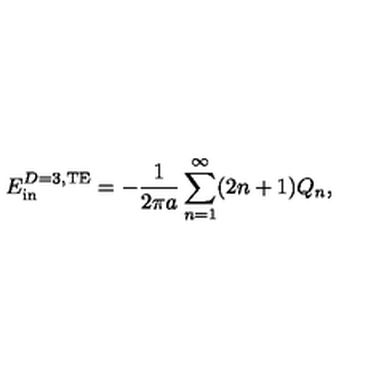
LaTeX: E _ { \mathrm { i n } } ^ { D = 3 , \mathrm { T E } } = - { \frac { 1 } { 2 \pi a } } \sum _ { n = 1 } ^ { \infty } ( 2 n + 1 ) Q _ { n } ,